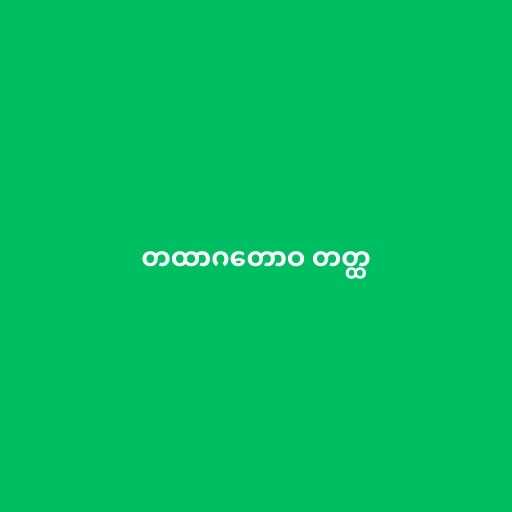
တထာဂတောဝ တတ္ထ